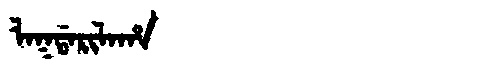
Manchu: ᠯᠠᡴᡩᠠᡵᡳᠯᠠᡥᠠ
Romanization: LAKDARILAHA